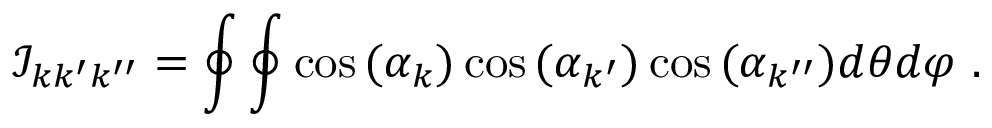
\mathcal { I } _ { k k ^ { \prime } k ^ { \prime \prime } } = \oint \oint \cos { ( \alpha _ { k } ) } \cos { ( \alpha _ { k ^ { \prime } } ) } \cos { ( \alpha _ { k ^ { \prime \prime } } ) } d \theta d \varphi \ .